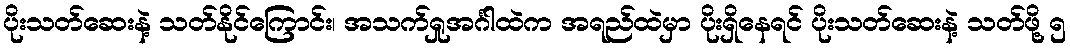
ပိုးသတ်ဆေးနဲ့ သတ်နိုင်ကြောင်း၊ အသက်ရှုအင်္ဂါထဲက အရည်ထဲမှာ ပိုးရှိနေရင် ပိုးသတ်ဆေးနဲ့ သတ်ဖို့ ၅